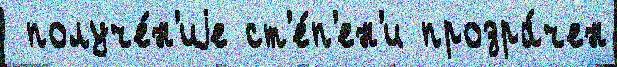
 получе́н'иjе ст'е́п'ен'и прозра́чен